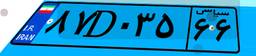
۸۷D۰۳۵۶۶